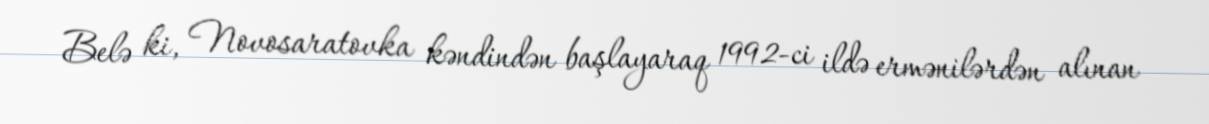
Belə ki, Novosaratovka kəndindən başlayaraq 1992-ci ildə ermənilərdən alınan